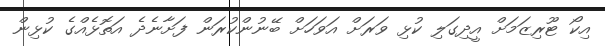
އިކޯ ޓޫރިޒަމަށް އީދިގަލި ކުޅި ވަރަށް އަވަހަށް ބޭނުންކުރަން ފަށާނެދެ އަތޮޅެއްގެ ކުޅިން